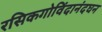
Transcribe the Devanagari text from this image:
रसिकगोविंदानंदघन